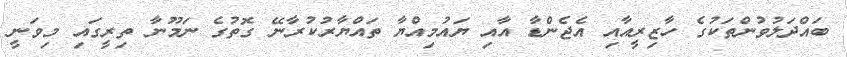
ބައްދަލުވުންތަކުގެ ހާޒިރީއާއި އެޖެންޑާ އާއި ޔައުމިއްޔާ ތައްޔާރުކުރާނޭ ގޮތުގެ ނަމޫނާ ތިރީގައި މިވަނީ